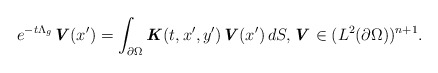
\begin{align*} e^{-t\Lambda_g} \textbf{\textit{V}}(x^{\prime}) = \int_{\partial \Omega} \textbf{\textit{K}}(t,x^{\prime},y^{\prime})\textbf{\textit{V}}(x^{\prime}) \,dS, \textbf{\textit{V}} \in (L^{2}(\partial \Omega))^{n+1}.\end{align*}